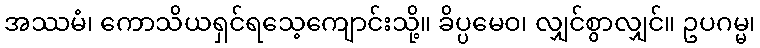
အဿမံ၊ ကောသိယရှင်ရသေ့ကျောင်းသို့။ ခိပ္ပမေဝ၊ လျှင်စွာလျှင်။ ဥပဂမ္မ၊